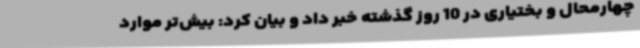
چهارمحال و بختیاری در 10 روز گذشته خبر داد و بیان کرد: بیش‌تر موارد